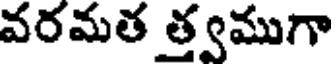
వరమత త్త్వముగా